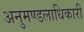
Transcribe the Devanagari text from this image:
अनुमण्डलाधिकारी